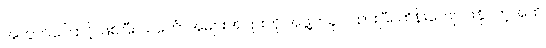
အတွက်ကြောင့် ဖြစ်ပြီး သင်္ဘောအများအပြားကို အဖွဲ့တခုပဲ ထားပြီး ထိန်းကျောင်းနိုင်တဲ့အထိ